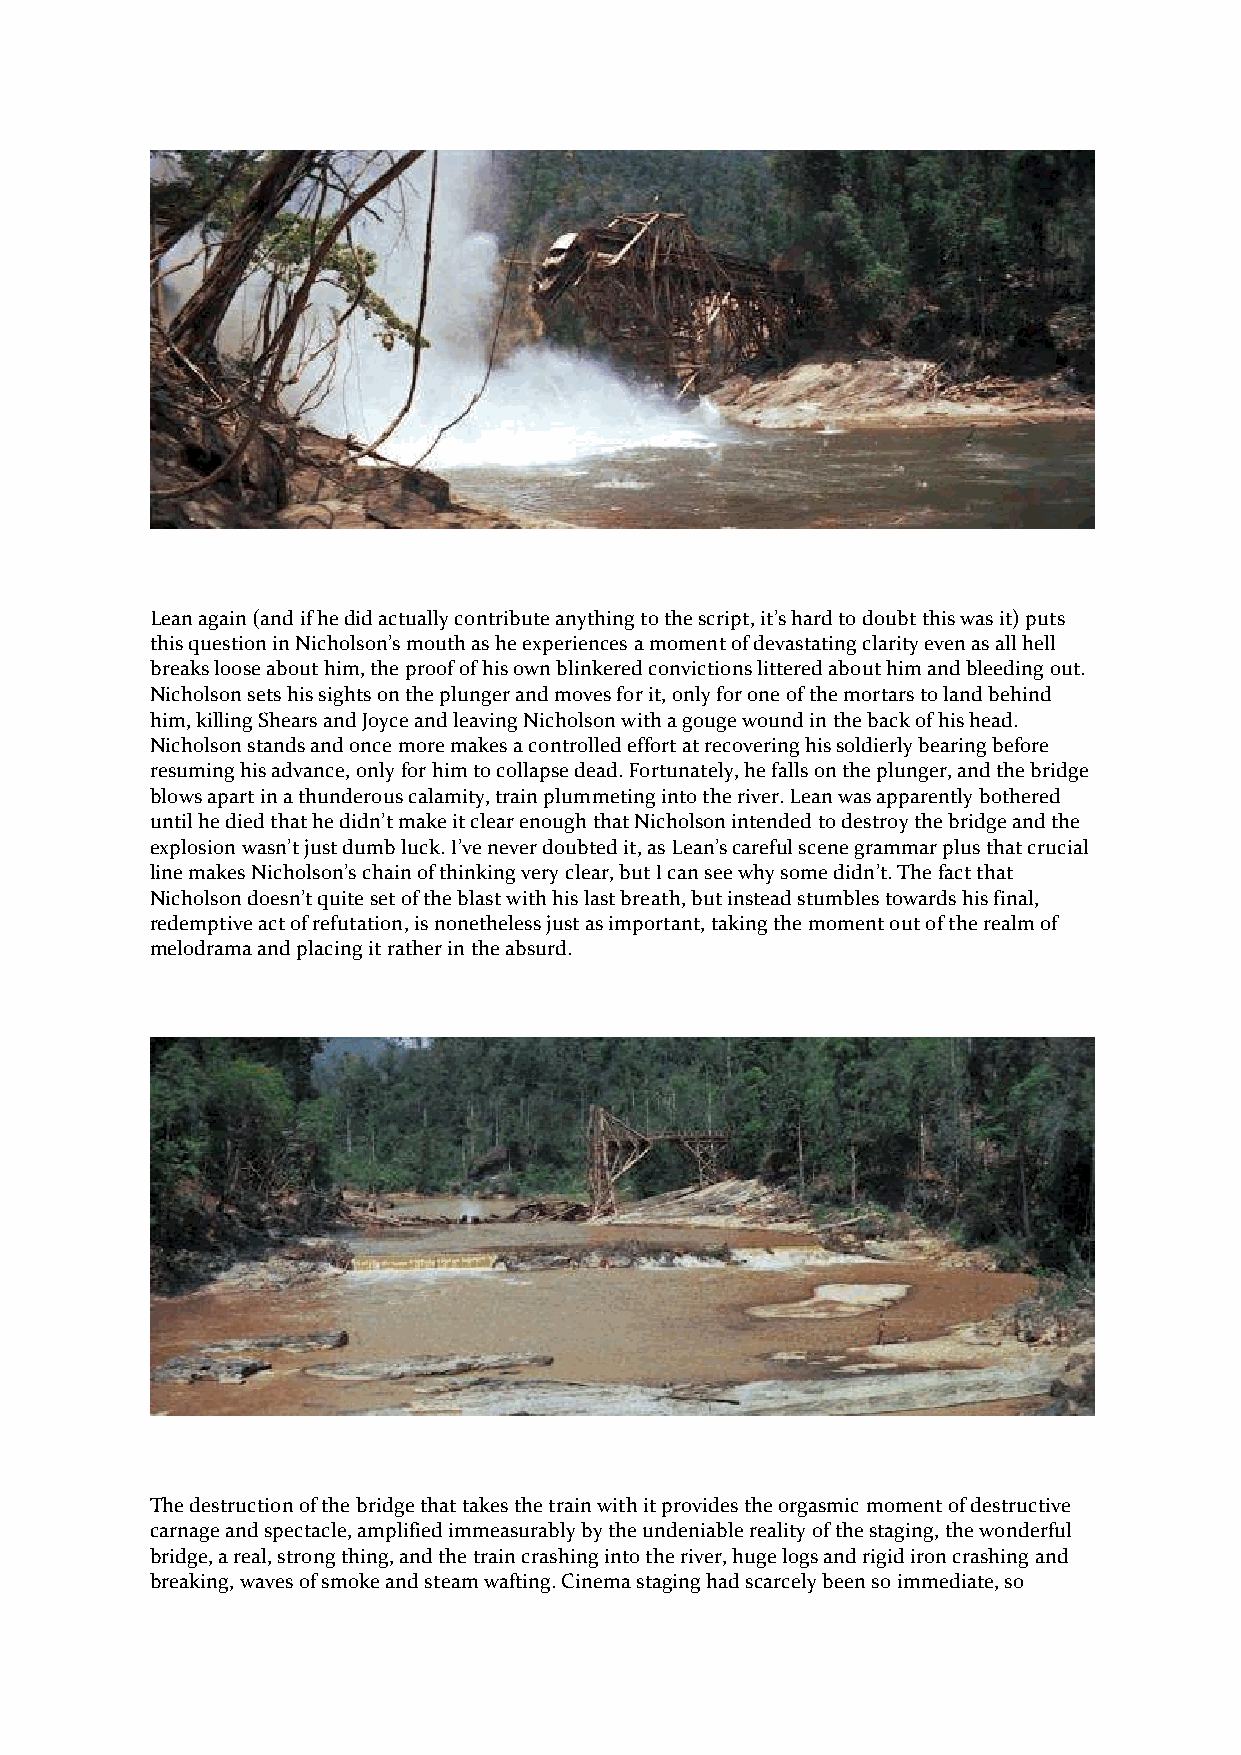
Lean again (and if he did actually contribute anything to the script, it’s hard to doubt this was it) puts
 this question in Nicholson’s mouth as he experiences a moment of devastating clarity even as all hell
 breaks loose about him, the proof of his own blinkered convictions littered about him and bleeding out.
 Nicholson sets his sights on the plunger and moves for it, only for one of the mortars to land behind
 him, killing Shears and Joyce and leaving Nicholson with a gouge wound in the back of his head.
 Nicholson stands and once more makes a controlled effort at recovering his soldierly bearing before
 resuming his advance, only for him to collapse dead. Fortunately, he falls on the plunger, and the bridge
 blows apart in a thunderous calamity, train plummeting into the river. Lean was apparently bothered
 until he died that he didn’t make it clear enough that Nicholson intended to destroy the bridge and the
 explosion wasn’t just dumb luck. I’ve never doubted it, as Lean’s careful scene grammar plus that crucial
 line makes Nicholson’s chain of thinking very clear, but I can see why some didn’t. The fact that
 Nicholson doesn’t quite set of the blast with his last breath, but instead stumbles towards his final,
 redemptive act of refutation, is nonetheless just as important, taking the moment out of the realm of
 melodrama and placing it rather in the absurd.
 The destruction of the bridge that takes the train with it provides the orgasmic moment of destructive
 carnage and spectacle, amplified immeasurably by the undeniable reality of the staging, the wonderful
 bridge, a real, strong thing, and the train crashing into the river, huge logs and rigid iron crashing and
 breaking, waves of smoke and steam wafting. Cinema staging had scarcely been so immediate, so